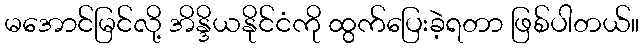
မအောင်မြင်လို့ အိန္ဒိယနိုင်ငံကို ထွက်ပြေးခဲ့ရတာ ဖြစ်ပါတယ်။